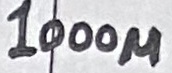
Text: 1000µ